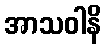
အာသဝါနိ